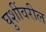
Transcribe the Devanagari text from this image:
घुशींवरील